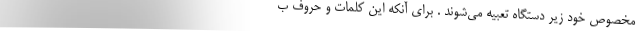
مخصوص خود زیر دستگاه تعبیه می‌شوند . برای آنکه این کلمات و حروف ب